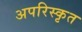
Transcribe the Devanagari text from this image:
अपरिस्कृत